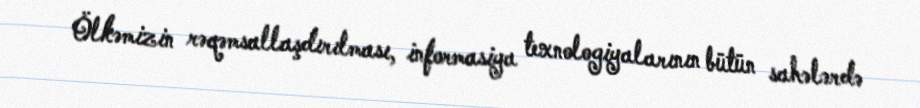
Ölkəmizin rəqəmsallaşdırılması, informasiya texnologiyalarının bütün sahələrdə